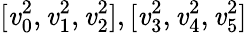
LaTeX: [\mathit{v}_{0}^{2},\mathit{v}_{1}^{2},\mathit{v}_{2}^{2}],[\mathit{v}_{3}^{2},\mathit{v}_{4}^{2},\mathit{v}_{5}^{2}]